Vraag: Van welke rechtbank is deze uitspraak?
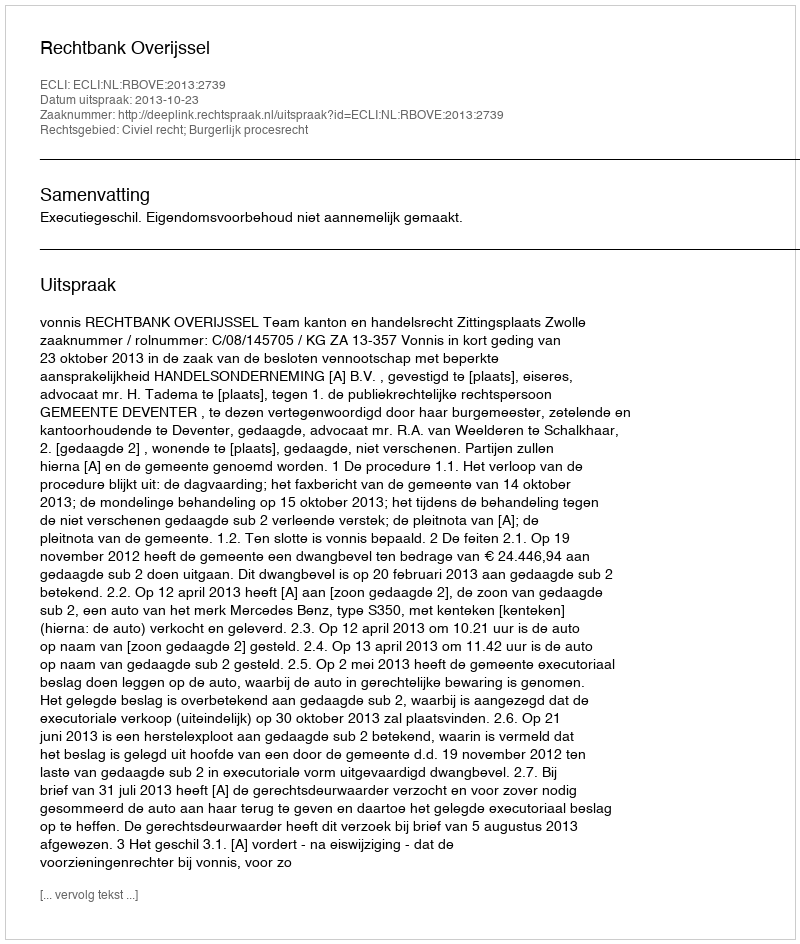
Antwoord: Rechtbank Overijssel